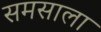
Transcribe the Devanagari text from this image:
समसाला